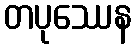
တပုဿေန